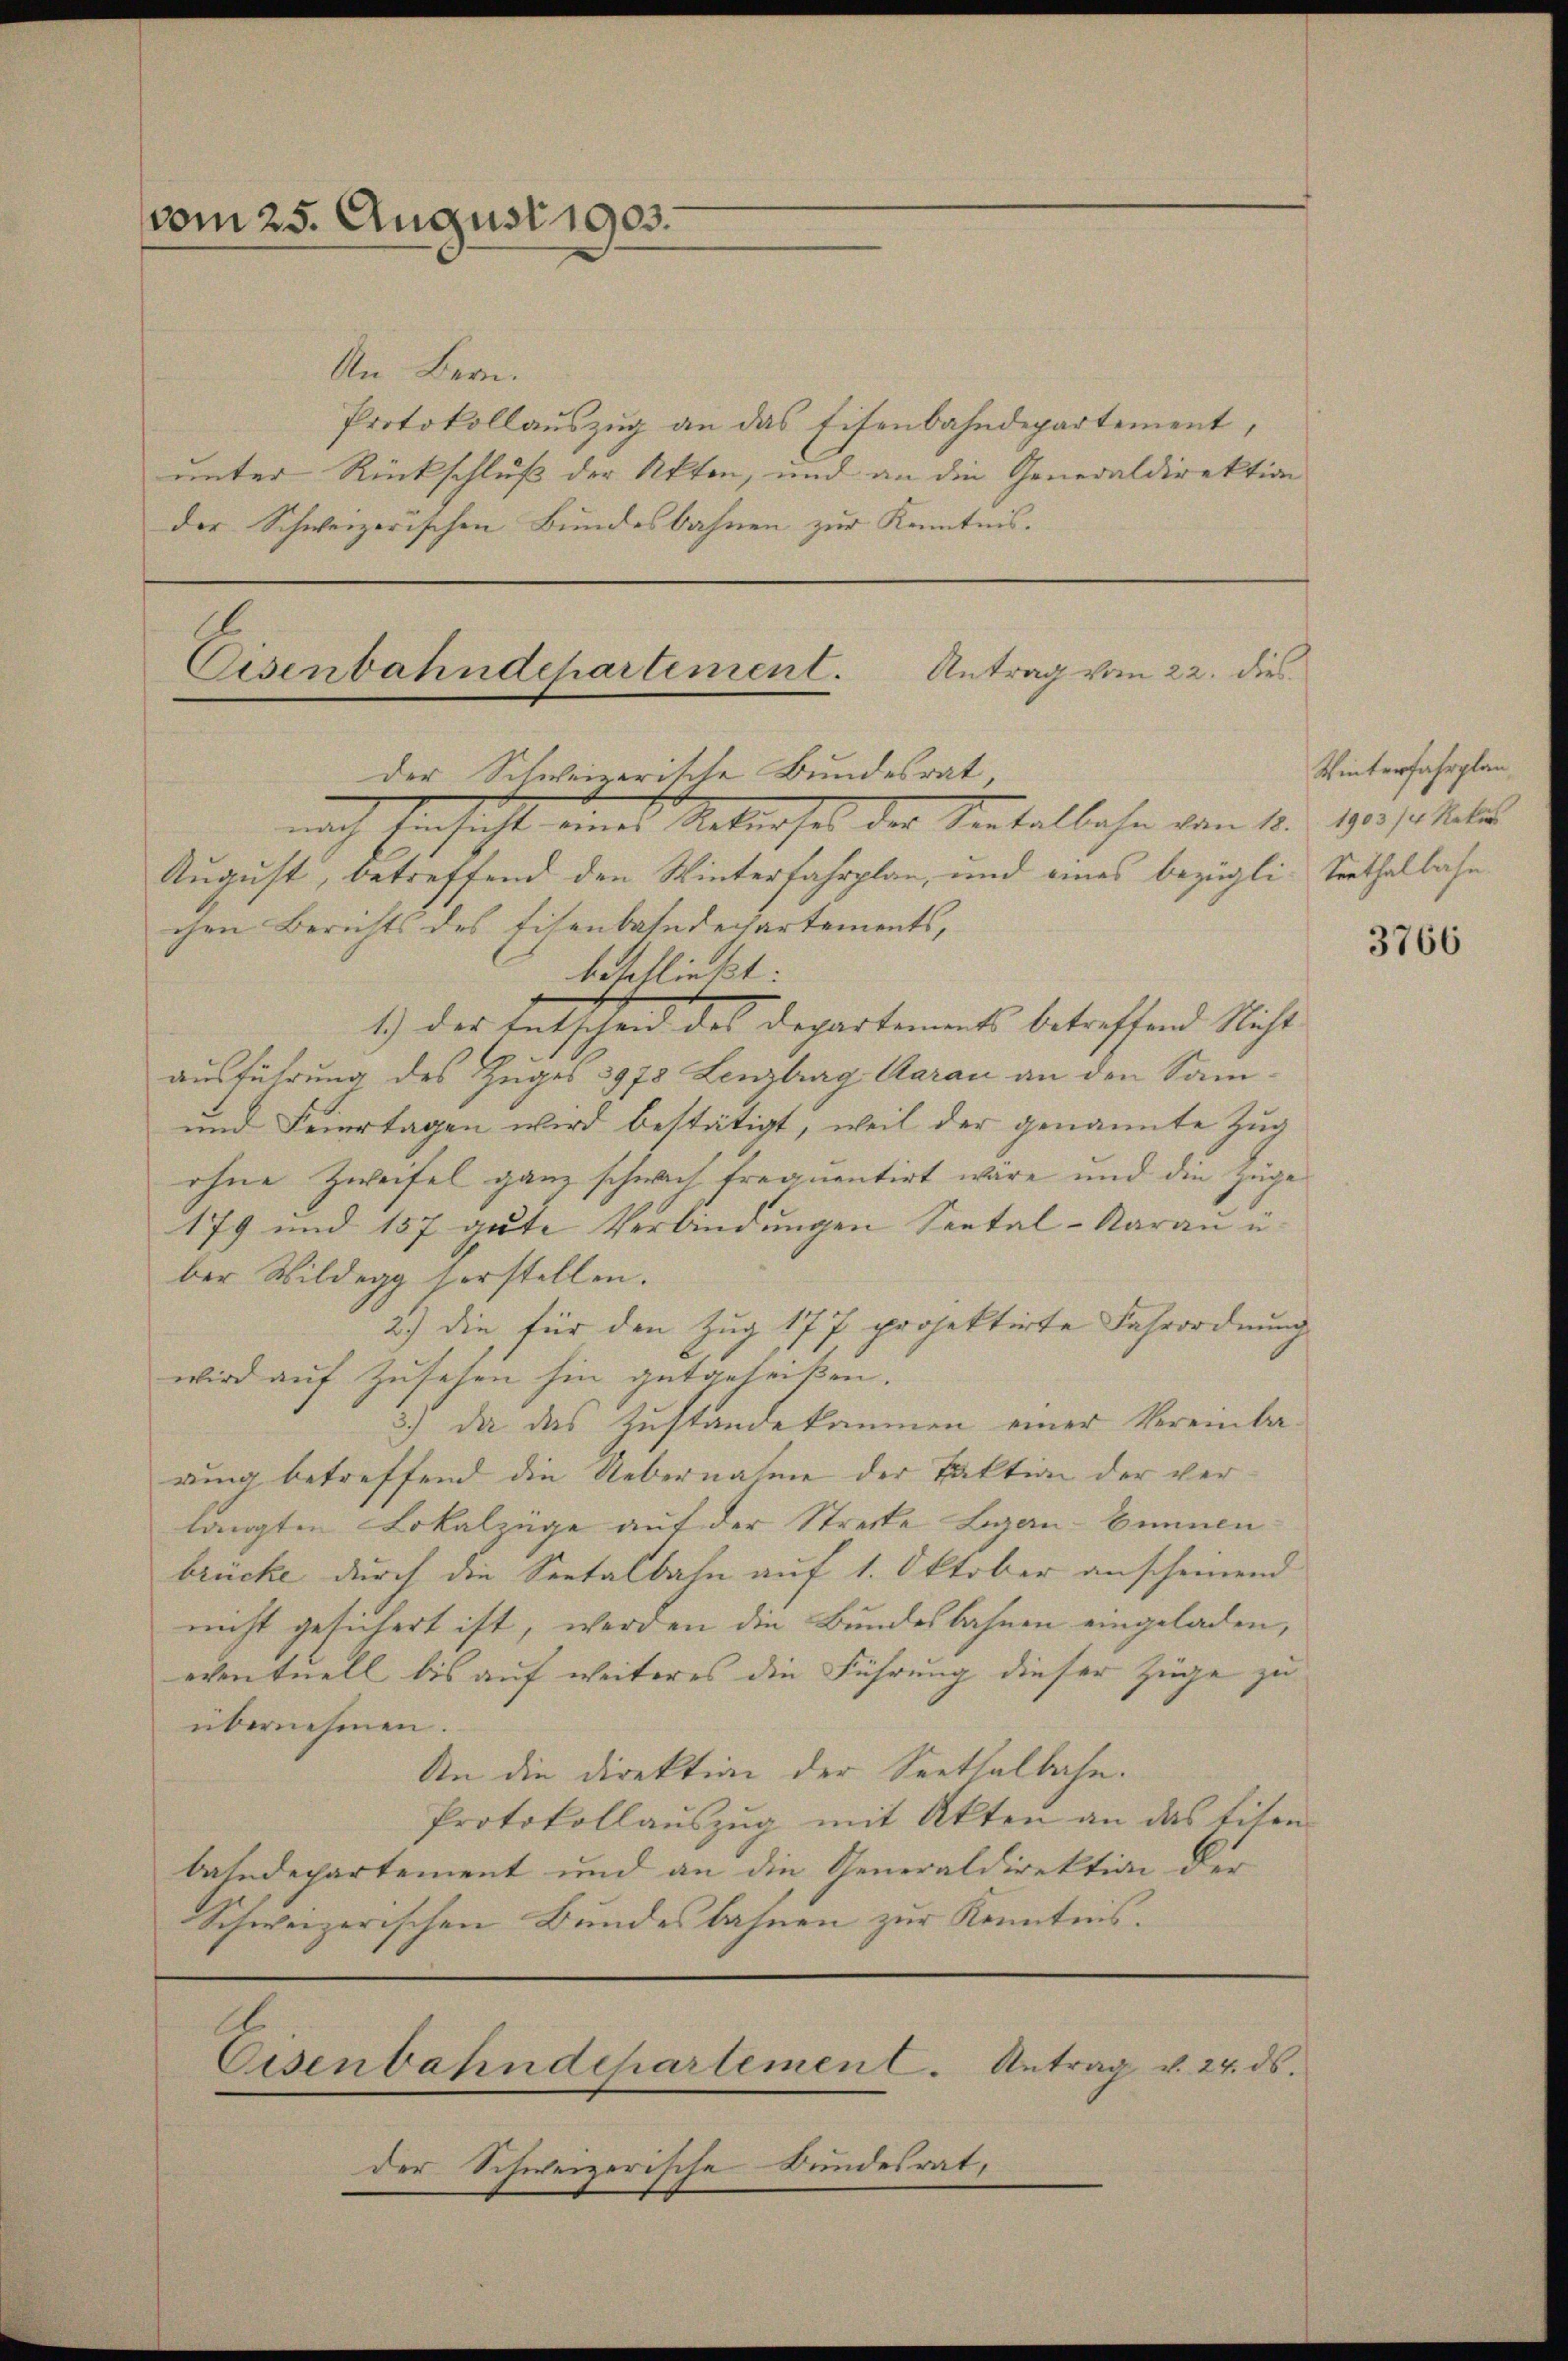
vom 25. August 1903.

An Bern.
Protokollauszug an das Eisenbahndepartement,
unter Rückschluß der Akten, und an die Generaldirektion
der Schweizerischen Bundesbahnen zur Kenntnis.

Eisenbahndepartement. Antrag vom 22. dies
der Schweizerische Bundesrat,
nach Einsicht eines Untersel der Sontalbahn vom 10. 190. /. Mts
August, betreffend den Winterfahrplan, und eines bezügli- Verthalbahn

Eisenbahndepartemen C. Antrag v. 24. ds.

der Schweizerische Bundesrat,

chen Berichts des Eisenbahndechartements,
beschließt:
1.) des Entscheid des Departement betreffend Nicht
ausführung des Zuges 3978 Lenzburg Aarau an den Sam¬
und Feiertagen wird bestätigt, weil der genannte Zug
ohne Zweifel ganz schnach frequentirt wäre und die Züge
179 und 157 gŭte Verbindŭngen Seetal-Naraŭ u.
ber Wildegg vorstellen.
2.) Die für den Zug 177 projektirte Fahrordnung
wird auf Zusehen hin gutgeheißen.
3.) Da das Zustandekommen einer Vereinbarung betreffend die Uebernahme der Faktion der verlangten Lokalzüge auf der Strecke Lgau-Einnen
brücke durch die Seetalbahn auf 1. Oktober anscheinend
nicht gesichert ist, werden die Bundesbahnen eingeladen,
eventuell bis auf weiteres die Führung dieser Züge zu
übernehmen.
An die Direktion der Seethalbahn.
Protokollauszug mit Akten an das Eisenbahndepartement und an die Generaldirektion der
Schweizerischen Bundesbahnen zur Kenntnis.

Winterfahrplan,

3766